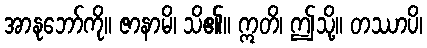
အာနုဘော်ကို။ ဇာနာမိ၊ သိ၏။ ဣတိ၊ ဤသို့။ တဿာပိ၊